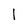
Character: 1